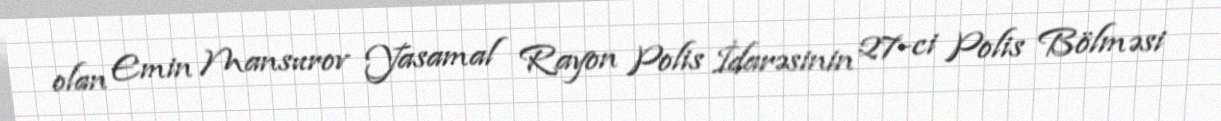
olan Emin Mansurov Yasamal Rayon Polis İdarəsinin 27-ci Polis Bölməsi